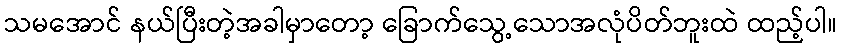
သမအောင် နယ်ပြီးတဲ့အခါမှာတော့ ခြောက်သွေ့သောအလုံပိတ်ဘူးထဲ ထည့်ပါ။